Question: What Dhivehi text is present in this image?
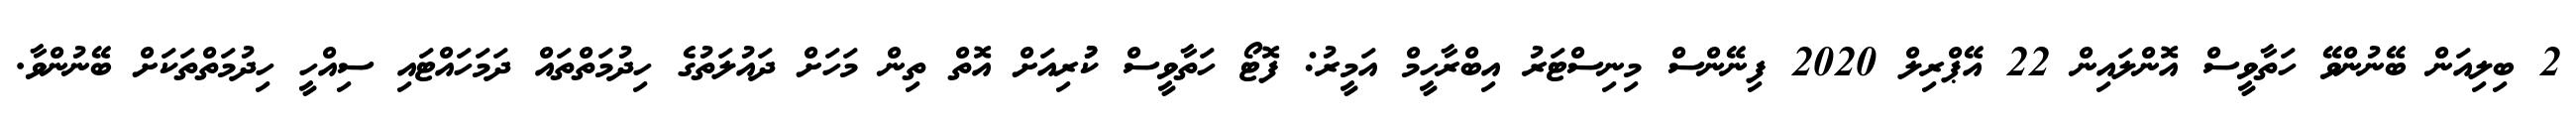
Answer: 2 ބިލިއަން ބޭނުންވޭ ހަތާވީސް އޮންލައިން 22 އޭޕްރިލް 2020 ފިނޭންސް މިނިސްޓަރު އިބްރާހީމް އަމީރު: ފޮޓޯ ހަތާވީސް ކުުރިއަށް އޮތް ތިން މަހަށް ދައުލަތުގެ ހިދުމަތްތައް ދަމަހައްޓައި ސިއްހީ ހިދުމަތްތަކަށް ބޭނުންވާ.